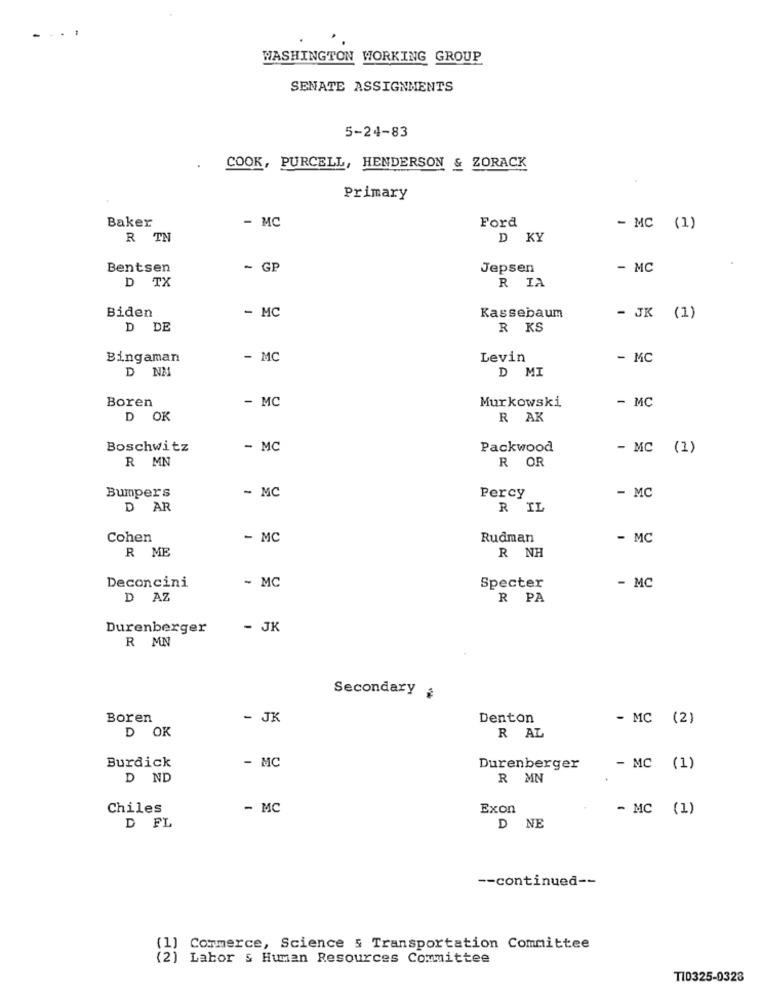
WASHINGTON WORKING GROUP
SENATE ASSIGNMENTS
5-24-83
COOK, PURCELL, HENDERSON & ZORACK
Primary
Baker
- MC
Ford
- MC (1)
R TN
D KY
Bentsen
- GP
Jepsen
- MC
D TX
R IA
Biden
- MC
Kassebaum
- JK (1)
D DE
R KS
Bingaman
- MC
Levin
- MC
D NM
D MI
Boren
- MC
Murkowski
- MC
D OK
R AK
Boschwitz
- MC
Packwood
- MC (1)
R MN
R OR
Bumpers
- MC
- MC
Percy
D AR
R IL
Cohen
- MC
Rudman
- MC
R ME
R NH
- MC
Deconcini
Specter
- MC
D AZ
R PA
Durenberger
- JK
R MN
Secondary
Boren
- JK
Denton
- MC (2)
D OK
R AL
Burdick
- MC
Durenberger
- MC (1)
D ND
R MN
Chiles
- MC
Exon
- MC (1)
D FL
D NE
-- continued --
Commerce, Science & Transportation Committee
(2)
Labor & Human Resources Committee
T10325-0323